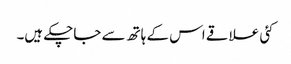
کئی علاقے اس کے ہاتھ سے جاچکے ہیں۔